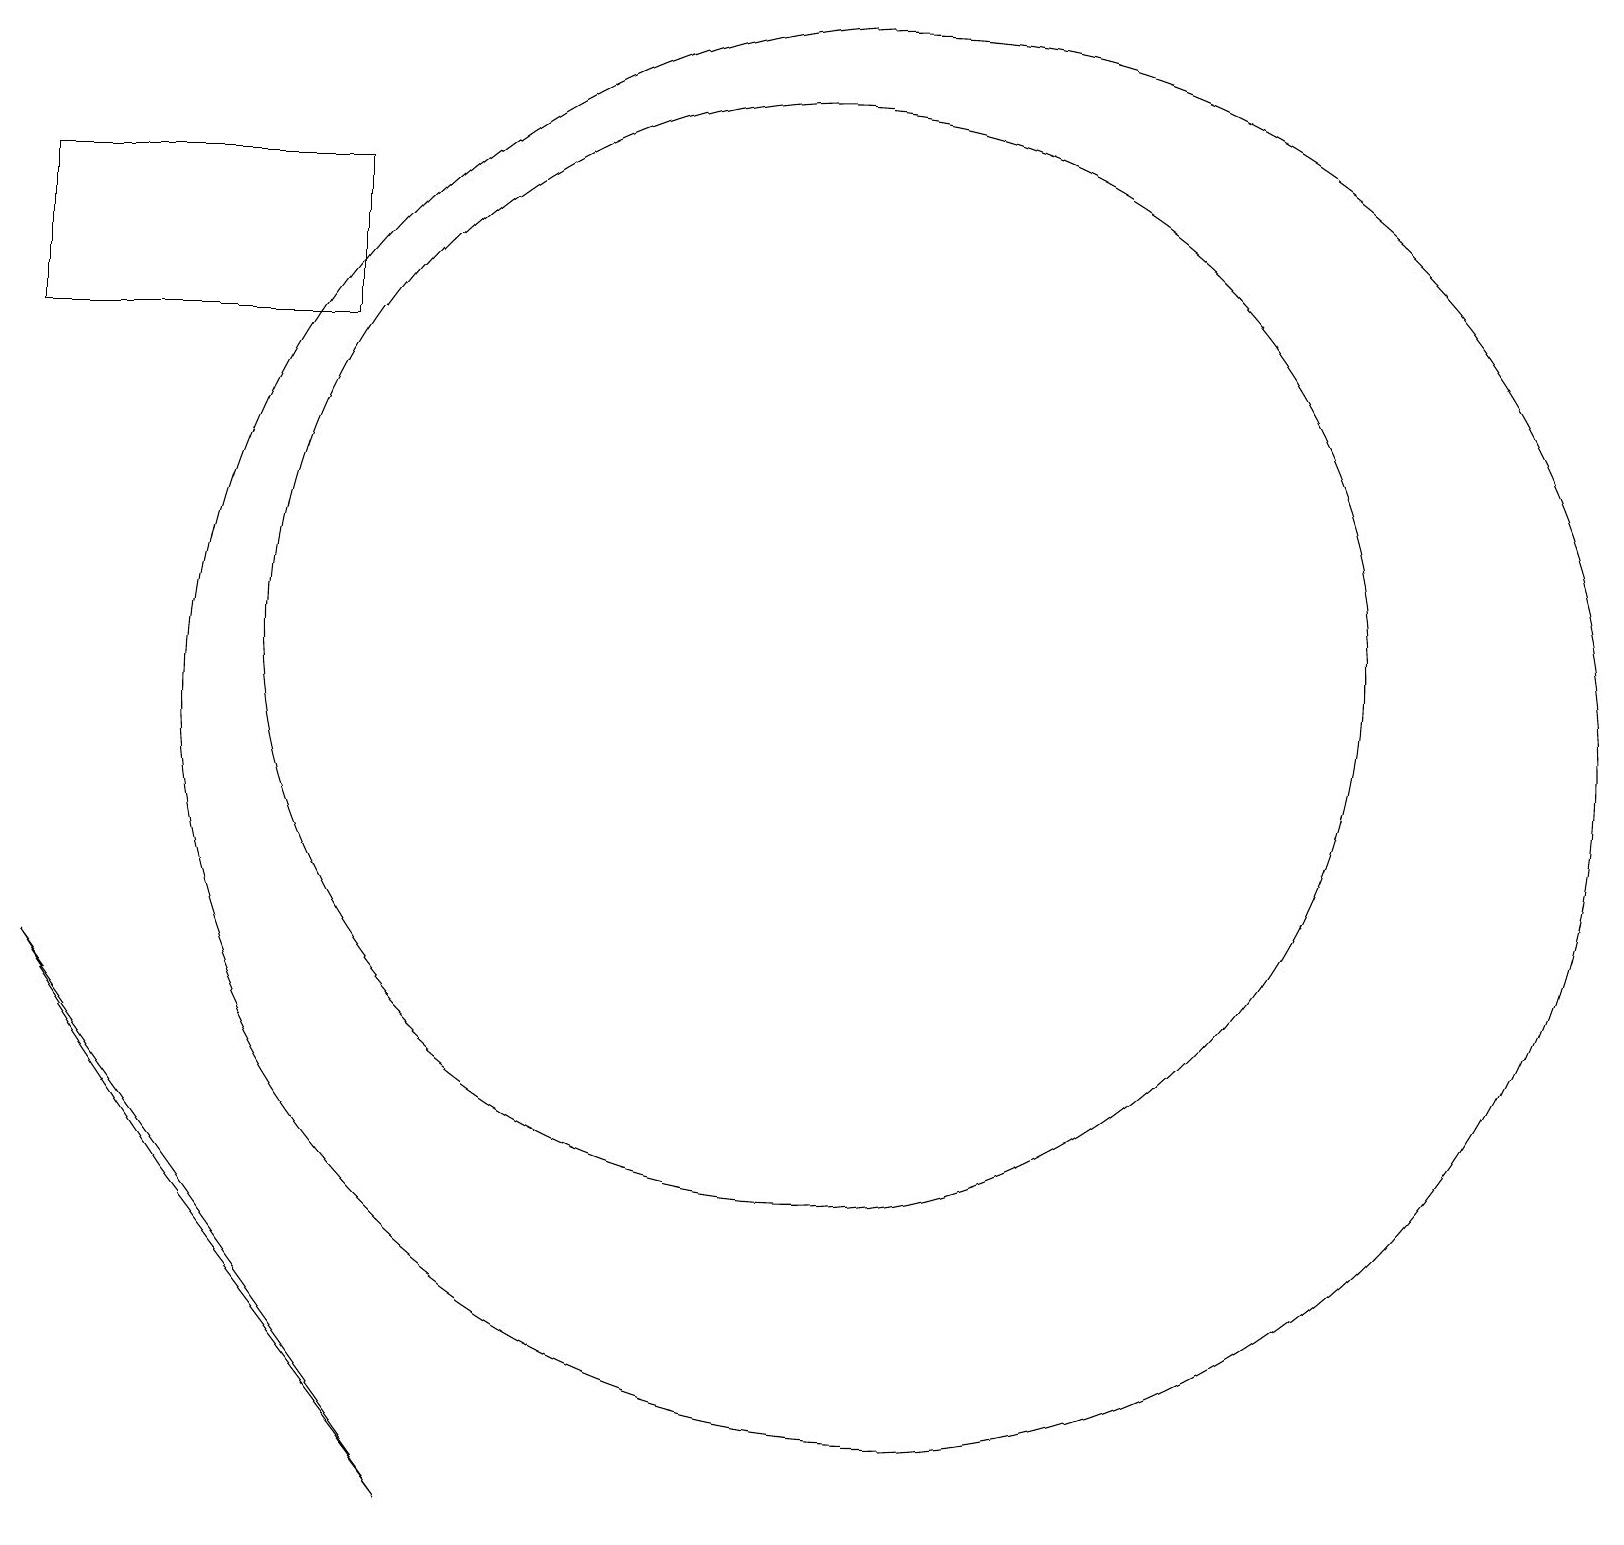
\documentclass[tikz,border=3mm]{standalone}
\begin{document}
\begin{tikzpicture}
\draw (5,1) -- (0,8) -- (2,5) -- cycle;
\draw (4,16) rectangle (0,18);
\draw (10,12) circle (7);
\draw (11,11) circle (9);
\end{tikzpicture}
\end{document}